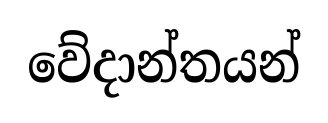
වේදාන්තයන්